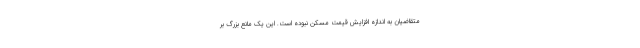
متقاضیان به اندازه افزایش قیمت مسکن نبوده است. این یک مانع بزرگ بر